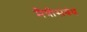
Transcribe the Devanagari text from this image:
मैत्रीसंबंध